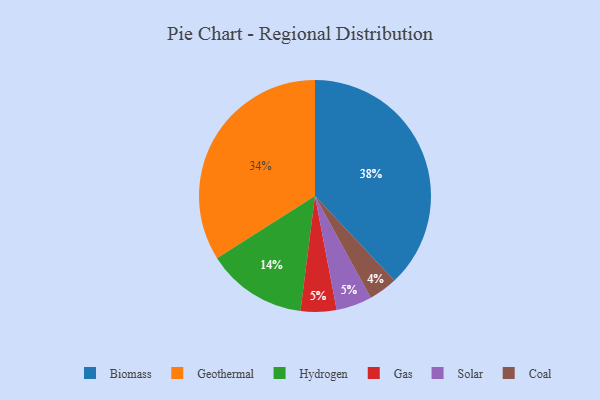
{"axis": {"x": "Category", "y": "Percentage"}, "legend": ["Biomass", "Coal", "Gas", "Geothermal", "Hydrogen", "Solar"], "data": [{"x": "Geothermal", "y": 34, "type": "Geothermal"}, {"x": "Gas", "y": 5, "type": "Gas"}, {"x": "Coal", "y": 4, "type": "Coal"}, {"x": "Hydrogen", "y": 14, "type": "Hydrogen"}, {"x": "Solar", "y": 5, "type": "Solar"}, {"x": "Biomass", "y": 38, "type": "Biomass"}]}